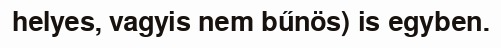
helyes, vagyis nem bűnös) is egyben.